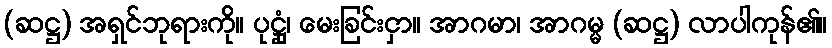
(ဆဋ္ဌ) အရှင်ဘုရားကို။ ပုဋ္ဌုံ၊ မေးခြင်းငှာ။ အာဂမာ၊ အာဂမ္မ (ဆဋ္ဌ) လာပါကုန်၏။